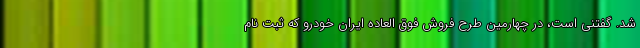
شد. گفتنی است، در چهارمین طرح فروش فوق العاده ایران خودرو که ثبت نام